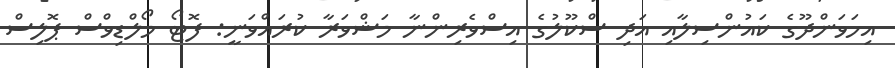
އިހަވަންދޫގެ ކައުންސިލާއި އަދި ސްކޫލުގެ އިސްވެރިންނާ މަޝްވަރާ ކުރައްވަނީ: ފޮޓޯ މޯލްޑިވްސް ޕޮލިސް